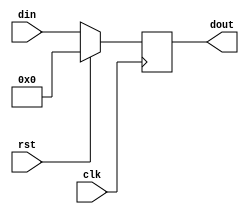
module dFlip(clk,rst,din,dout);
input clk,rst;
input [7:0] din;
output reg [7:0] dout;
always @ (negedge clk)
begin
if(rst)
 dout <= 8'b0;
else
 dout <= din;
end
endmodule